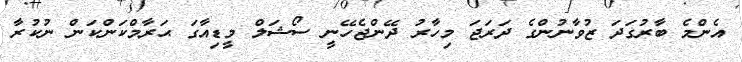
އެންމެ ބާރުގަދަ ޒުވާނުންގެ ދަރަޖަ މިހާރު ދޭންޖެހޭނީ ސޯޝަލް މީޑިއާގަ ޙަރާމްކަންކަން ނުކުރާ